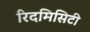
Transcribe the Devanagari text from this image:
रिदमिसिटी